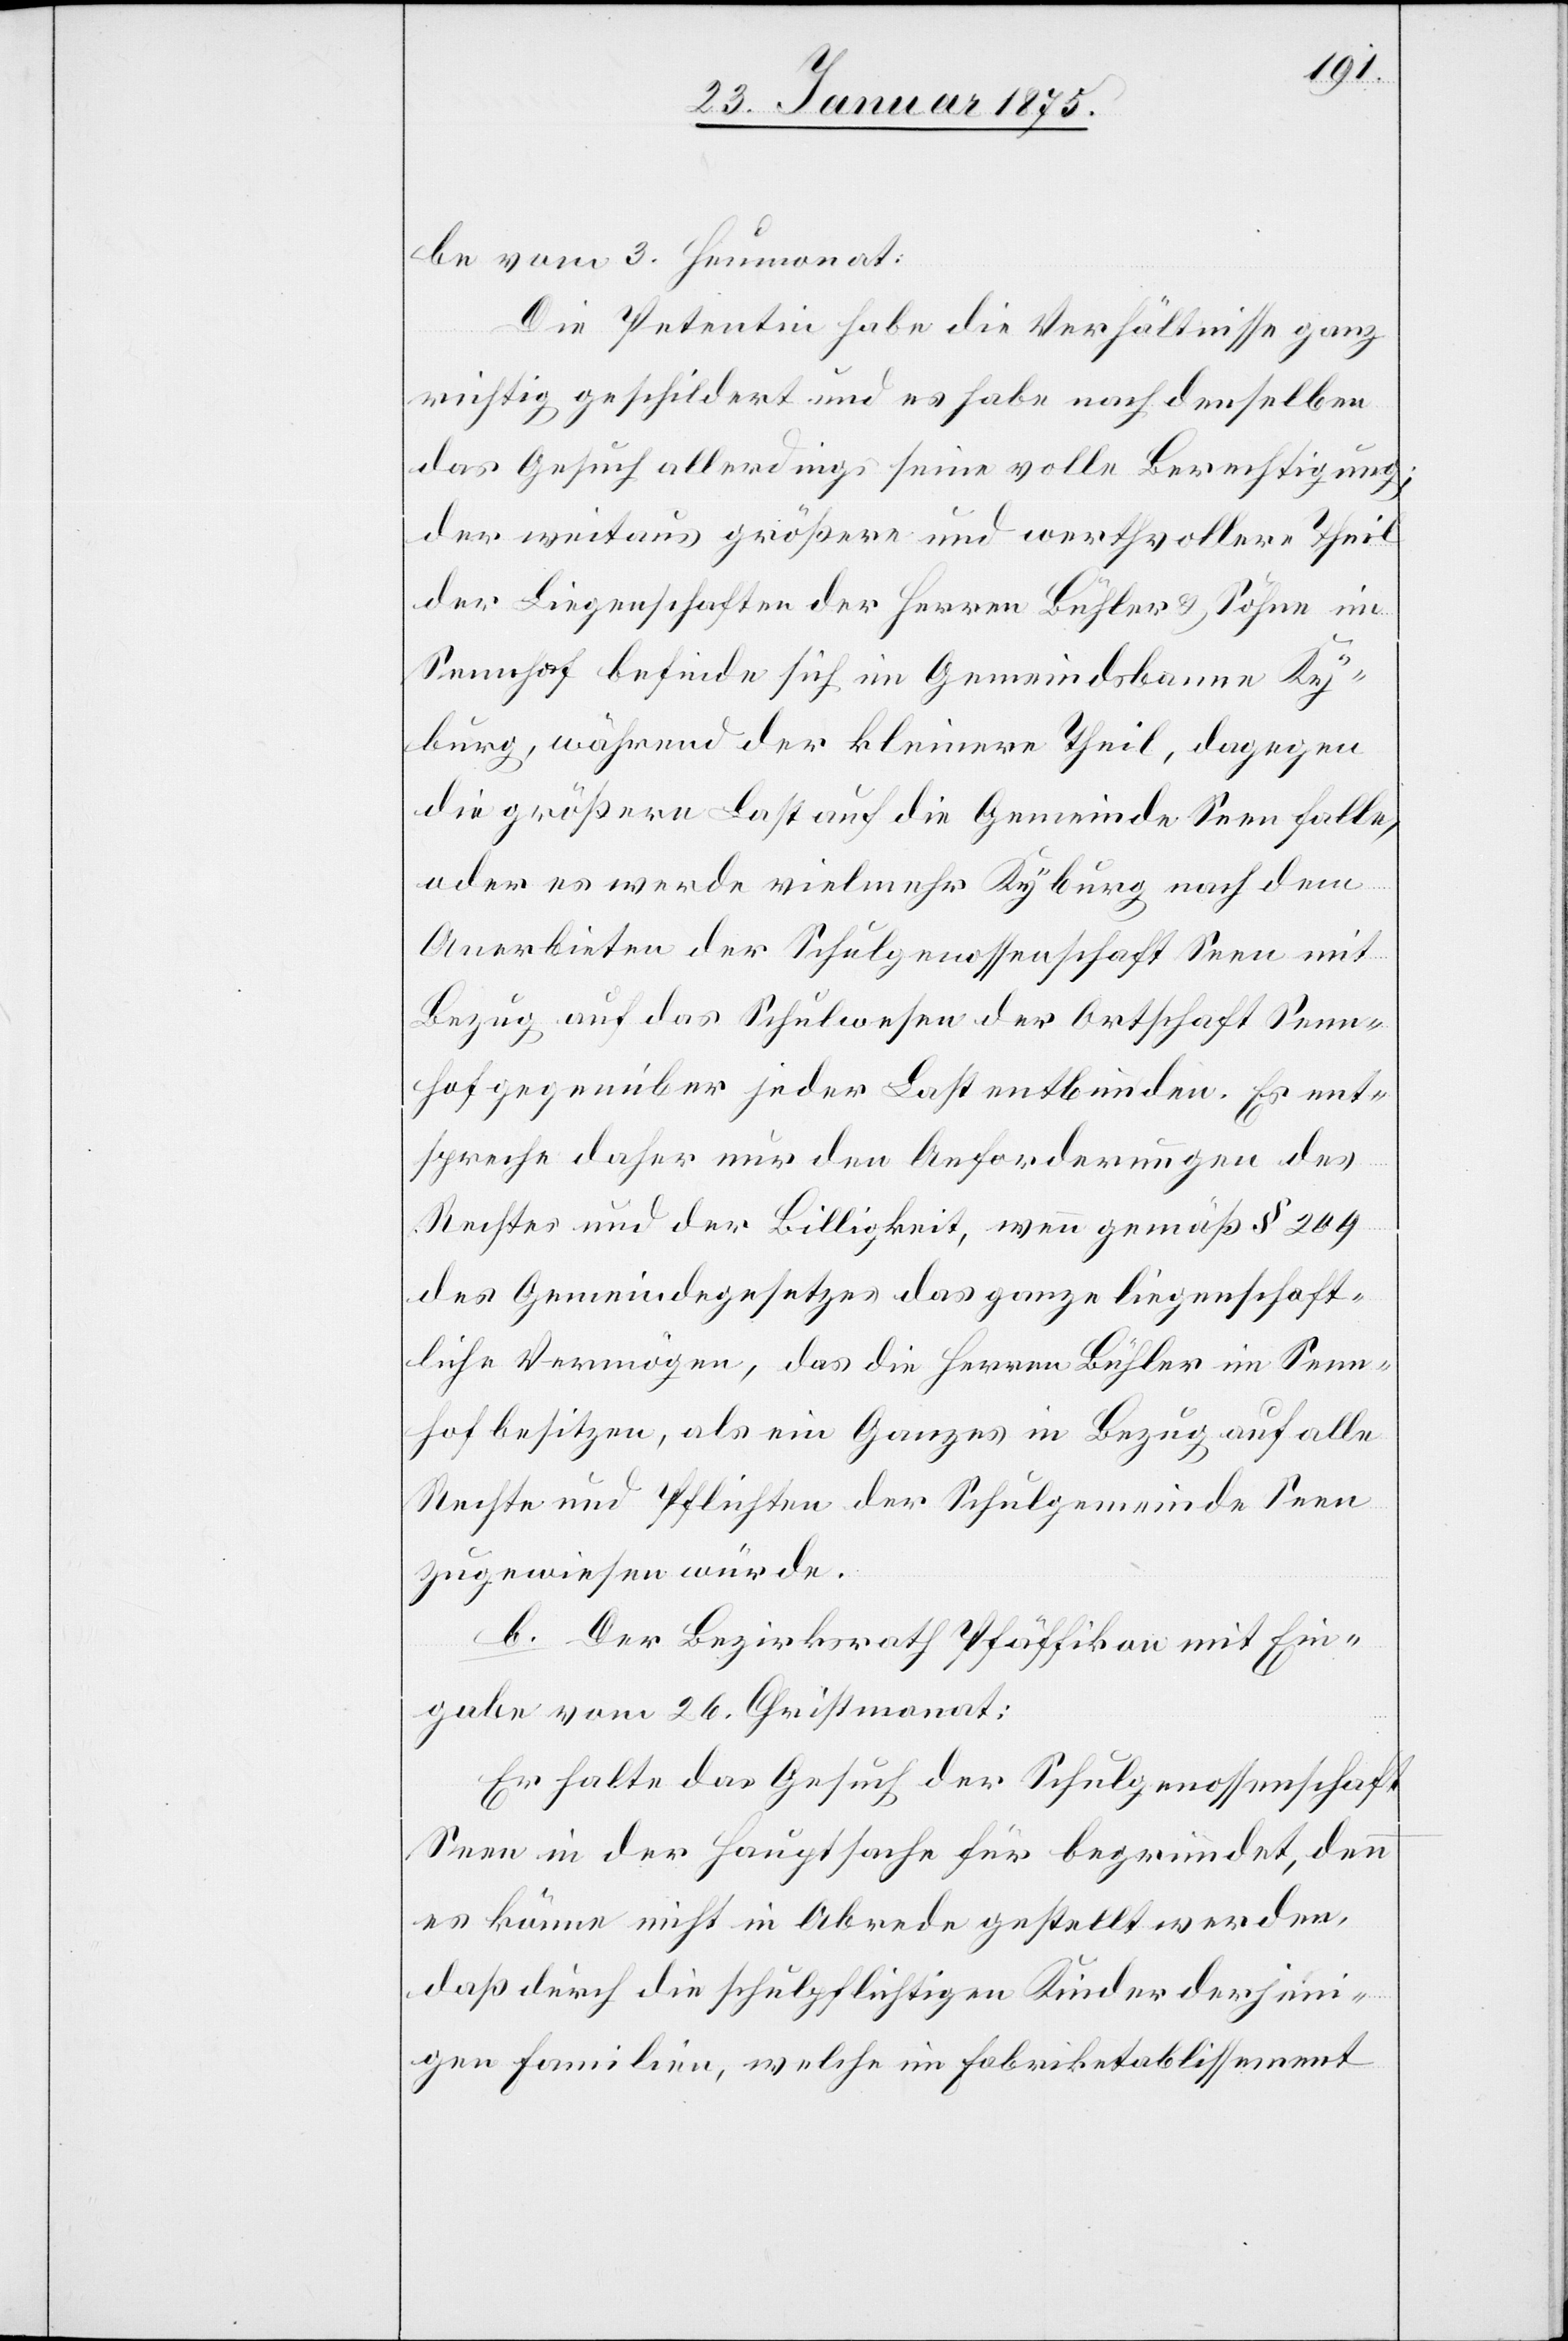
be vom 3. Heumonat.
Die Petentin habe die Verhältnisse ganz
richtig geschildert und es habe nach denselben
das Gesuch allerdings seine volle Berechtigung;
der weitaus größere und werthvollere Theil
der Liegenschaften der Herren Bühler & Söhne in
Sennhof befinde sich im Gemeindsbanne Ky¬
burg, während der kleinere Theil, dagegen
die größere Last auf die Gemeinde Seen falle,
oder es werde vielmehr Kyburg nach dem
Anerbieten der Schulgenossenschaft Seen mit
Bezug auf das Schulwesen der Ortschaft Senn¬
hof gegenüber jeder Last entbunden. Es ent¬
spreche daher nur den Anforderungen des
Rechtes und der Billigkeit, wenn gemäß § 209
des Gemeindegesetzes das ganze liegenschaft¬
liche Vermögen, das die Herren Bühler im Senn¬
hof besitzen, als ein Ganzes in Bezug auf alle
Rechte und Pflichten der Schulgemeinde Seen
zugewiesen würde.
b. Der Bezirksrath Pfäffikon mit Ein¬
gabe vom 26. Christmonat:
Er halte das Gesuch der Schulgenossenschaft
Seen in der Hauptsache für begründet, denn
es könne nicht in Abrede gestellt werden,
daß durch die schulpflichtigen Kinder derjeni¬
gen Familien, welche im Fabriketablissement